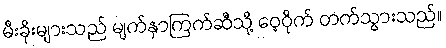
မီးခိုးများသည် မျက်နှာကြက်ဆီသို့ ဝေ့ဝိုက် တက်သွားသည်။